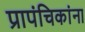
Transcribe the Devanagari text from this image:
प्रापंचिकांना